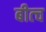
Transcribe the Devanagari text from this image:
बीत्च